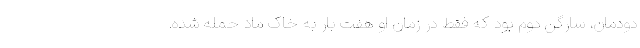
دودمان، سارگن دوم بود که فقط در زمان او هفت بار به خاک ماد حمله شده.